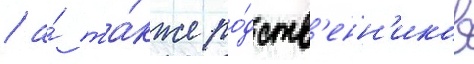
/ а́ та́кже ро́дств'енн'иков